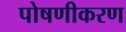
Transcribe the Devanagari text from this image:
पोषणीकरण